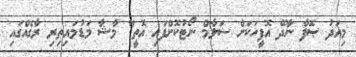
މިއަދު ޞޮފާ ނާދޭ އޮފީހަކަށް ސަލާމް ނޯޓުކޮށްފައި އޮތީ" މާޝާ މަޑުމައިތިރި ރާގެއްގައި